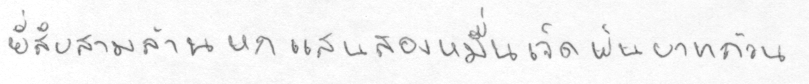
ยี่สิบสามล้านหกแสนสองหมื่นเจ็ดพันบาทถ้วน